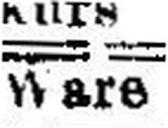
Ware